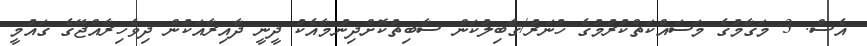
އެސް. 3 މަޤާމުގެ މަސައްކަތްކުރުމުގެ ހުނަރު/ޤާބިލުކަން ސާބިތުކޮށްދިނުމާއެކު ދީނީ ދާއިރާއަކުން ދިވެހިރާއްޖޭގެ ޤައުމީ